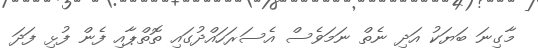
މާގިނަ ބަޔަކު އަދި ނެތް ނަމަވެސް އެސަރަހައްދުގައި ތޮތްޕާއި ފެން ފުޅި ފަދަ